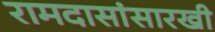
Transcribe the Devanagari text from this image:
रामदासांसारखी